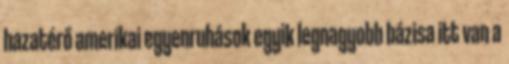
hazatérő amerikai egyenruhások egyik legnagyobb bázisa itt van a